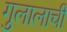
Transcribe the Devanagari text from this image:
गुलालाची